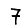
Digit: 7